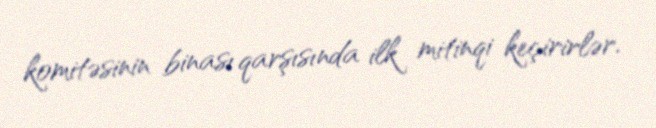
komitəsinin binası qarşısında ilk mitinqi keçirirlər.